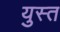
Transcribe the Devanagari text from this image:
युस्त